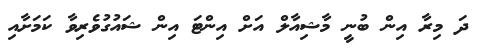
ދަ މިރާ އިން ބުނީ މާޝިއާލް އަށް އިންޓަ އިން ޝައުގުވެރިވާ ކަމަށާއި